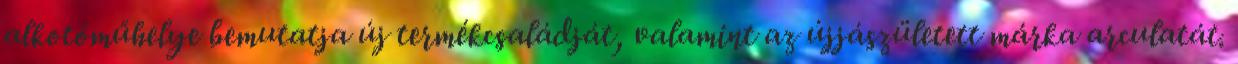
alkotóműhelye bemutatja új termékcsaládját, valamint az újjászületett márka arculatát.